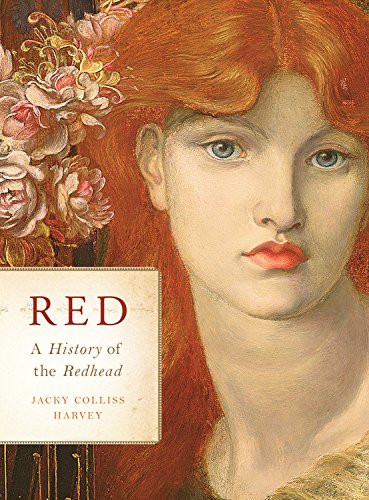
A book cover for Red: A History of the Redhead; Jacky Colliss Harvey; Medical Books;